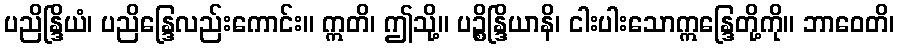
ပညိန္ဒြိယံ၊ ပညိန္ဒြေလည်းကောင်း။ ဣတိ၊ ဤသို့။ ပဉ္စိန္ဒြိယာနိ၊ ငါးပါးသောဣန္ဒြေတို့ကို။ ဘာဝေတိ၊